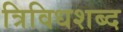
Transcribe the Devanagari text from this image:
त्रिविधशब्द